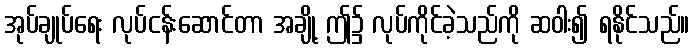
အုပ်ချုပ်ရေး လုပ်ငန်းဆောင်တာ အချို့ ဤ၌ လုပ်ကိုင်ခဲ့သည်ကို ဆဝါး၍ ရနိုင်သည်။